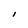
Character: I